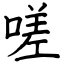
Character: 嗟